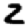
Digit: 2